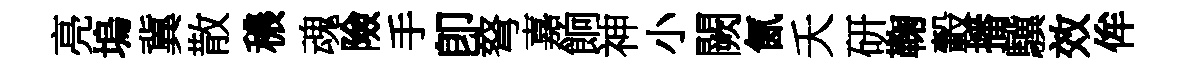
亮塢冀散穠魂險手卽弩嘉餉神小闕氤夭研鞠轂播驥效侔